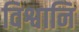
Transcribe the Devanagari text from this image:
विश्वानि